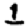
Digit: 1